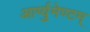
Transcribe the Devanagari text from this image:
आर्ग्युमेण्टम्